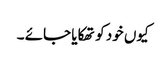
کیوں خود کو تھکایا جائے ۔